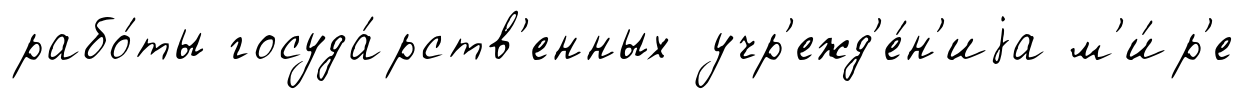
рабо́ты госуда́рств'енных учр'ежд'е́н'иjа м'и́р'е